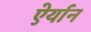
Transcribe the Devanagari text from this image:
ऐर्यान